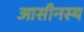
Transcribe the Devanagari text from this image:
आसीनस्य